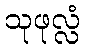
သုဖုလ္လံ